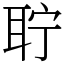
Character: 聍